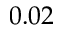
0 . 0 2